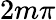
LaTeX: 2m\pi